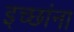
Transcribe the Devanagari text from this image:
इच्छांना